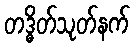
တဒ္ဓိတ်သုတ်နက်